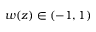
w ( z ) \in ( - 1 , 1 )